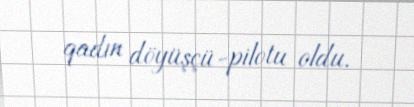
qadın döyüşçü-pilotu oldu.